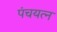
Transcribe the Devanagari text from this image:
पंचयत्‍न